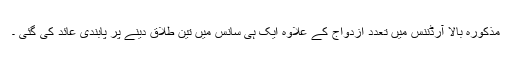
مذکورہ بالا آرڈننس میں تعدد ازدواج کے علاوہ ایک ہی سانس میں تین طلاق دینے پر پابندی عائد کی گئی ۔